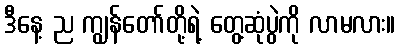
ဒီနေ့ ည ကျွန်တော်တို့ရဲ့ တွေ့ဆုံပွဲကို လာမလား။